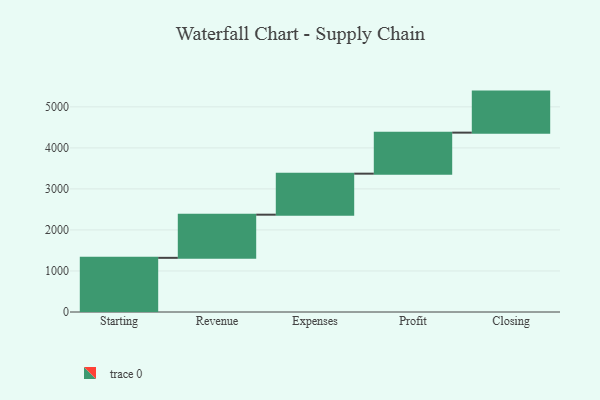
{"axis": {"x": "Step", "y": "Value"}, "legend": [""], "data": [{"x": "Starting", "y": 1320.0, "type": ""}, {"x": "Revenue", "y": 1052.0, "type": ""}, {"x": "Expenses", "y": 1000, "type": ""}, {"x": "Profit", "y": 1000, "type": ""}, {"x": "Closing", "y": 1000, "type": ""}]}